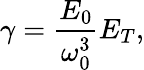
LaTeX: \gamma=\frac{E_{0}}{\omega_{0}^{3}}E_{T},